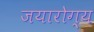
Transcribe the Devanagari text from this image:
जयारोग्य